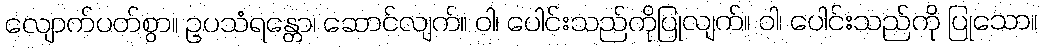
လျောက်ပတ်စွာ။ ဥပသံရန္တော၊ ဆောင်လျက်။ ဝါ၊ ပေါင်းသည်ကိုပြုလျက်။ ဝါ၊ ပေါင်းသည်ကို ပြုသော။